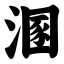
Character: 溷